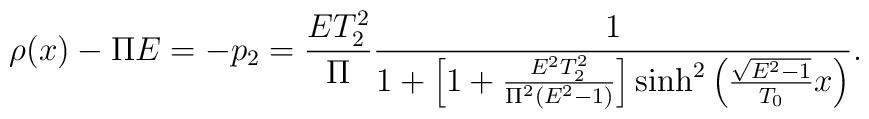
\rho(x)-\Pi E =-p_{2} = \frac{ET_{2}^{2}}{\Pi}\frac{1}{1+\left[1+\frac{E^{2}T_{2}^{2}}{\Pi^{2}(E^{2}-1)}\right]{\rm sinh}^{2}\left(\frac{\sqrt{E^{2}-1}}{T_{0}}x\right)}.